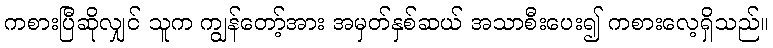
ကစားပြီဆိုလျှင် သူက ကျွန်တော့်အား အမှတ်နှစ်ဆယ် အသာစီးပေး၍ ကစားလေ့ရှိသည်။